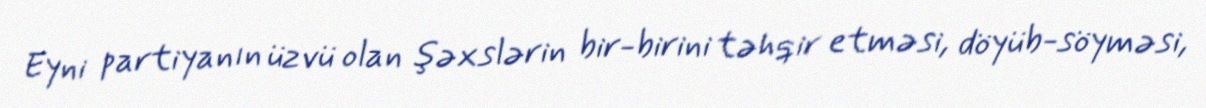
Eyni partiyanın üzvü olan şəxslərin bir-birini təhqir etməsi, döyüb-söyməsi,